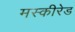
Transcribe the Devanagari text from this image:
मस्कीरेड